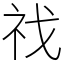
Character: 䄀